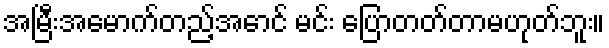
အမြီးအမောက်တည့်အောင် မင်း ပြောတတ်တာမဟုတ်ဘူး။